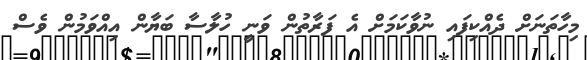
މިހާތަނަށް ދެއްކިފައި ނުވާކަމަށް އެ ފަރާތުން ވަނީ ހުލާސާ ބަޔާން އިއްވަމުން ވެސް